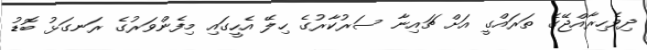
ދިވެހިރާއްޖޭގެ ތަރައްގީ އަށް ޗައިނާ ސަރުކާރުގެ ހިލޭ އެހީގައި މިފެންވަރުގެ ރަނގަޅު ބޮޑު